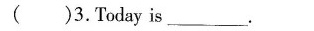
( )3.Today is ___.